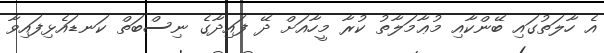
އެ ހާލަތުގައި ބޭންކާއި މުޢާމަލާތު ކުރާ މީހާއަށް ދޭ ފައިދާގެ ނިސްބަތް ކަނޑައެޅިފައިވާ